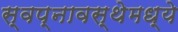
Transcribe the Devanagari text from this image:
स्वप्नावस्थेमध्ये